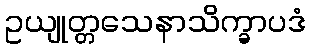
ဥယျုတ္တသေနာသိက္ခာပဒံ